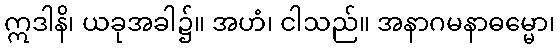
ဣဒါနိ၊ ယခုအခါ၌။ အဟံ၊ ငါသည်။ အနာဂမနာဓမ္မော၊